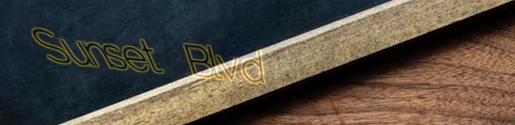
Sunset Blvd